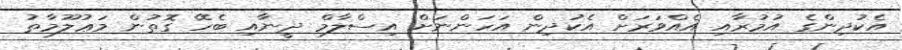
އެކުދިންގެ އުމުރާއި އެއްވަރަށް އެކުދިން އަހަންނަށް އިސްލާމް ދީނާއި ބެހޭ ގޮތުން މަޢުލޫމާތު